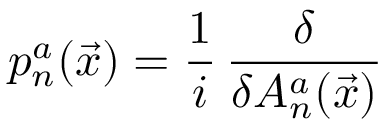
p _ { n } ^ { a } ( \vec { x } ) = { \frac { 1 } { i } } \, { \frac { \delta } { \delta A _ { n } ^ { a } ( \vec { x } ) } }